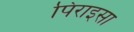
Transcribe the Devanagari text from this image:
पिराइसा